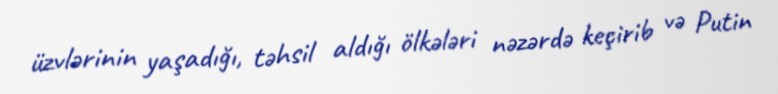
üzvlərinin yaşadığı, təhsil aldığı ölkələri nəzərdə keçirib və Putin